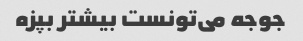
جوجه می‌تونست بیشتر بپزه